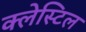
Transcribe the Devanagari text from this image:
क्लेस्टिल